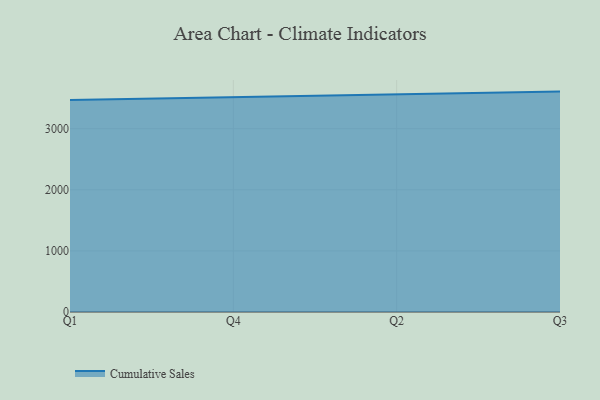
{"axis": {"x": "Quarter", "y": "Production Output"}, "legend": ["Cumulative Sales"], "data": [{"x": "Q1", "y": 3469.2, "type": "Cumulative Sales"}, {"x": "Q4", "y": 3514.9, "type": "Cumulative Sales"}, {"x": "Q2", "y": 3564.2, "type": "Cumulative Sales"}, {"x": "Q3", "y": 3607.4, "type": "Cumulative Sales"}]}